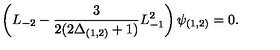
\left( L _ { - 2 } - \frac { 3 } { 2 ( 2 \Delta _ { ( 1 , 2 ) } + 1 ) } L _ { - 1 } ^ { 2 } \right) \psi _ { ( 1 , 2 ) } = 0 .